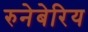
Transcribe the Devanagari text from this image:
रुनेबेरिय